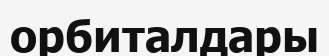
орбиталдары